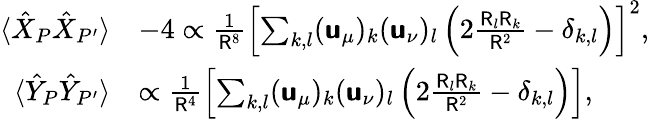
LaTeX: \begin{array}{rl}{\langle\hat{X}_{P}\hat{X}_{P^{\prime}}\rangle}&{-4\propto\frac{1}{\mathsf{R}^{8}}\left[\sum_{k,l}(\boldsymbol{\mathsf{u}}_{\mu})_{k}(\boldsymbol{\mathsf{u}}_{\nu})_{l}\left(2\frac{\mathsf{R}_{l}\mathsf{R}_{k}}{\mathsf{R}^{2}}-\delta_{k,l}\right)\right]^{2},}\\ {\langle\hat{Y}_{P}\hat{Y}_{P^{\prime}}\rangle}&{\propto\frac{1}{\mathsf{R}^{4}}\left[\sum_{k,l}(\boldsymbol{\mathsf{u}}_{\mu})_{k}(\boldsymbol{\mathsf{u}}_{\nu})_{l}\left(2\frac{\mathsf{R}_{l}\mathsf{R}_{k}}{\mathsf{R}^{2}}-\delta_{k,l}\right)\right],}\end{array}